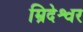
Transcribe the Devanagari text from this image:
म्रिदेश्वर